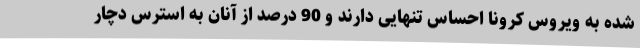
شده به ویروس کرونا احساس تنهایی دارند و 90 درصد از آنان به استرس دچار